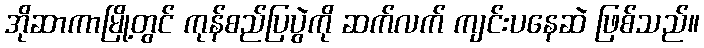
အိုဆာကာမြို့တွင် ကုန်စည်ပြပွဲကို ဆက်လက် ကျင်းပနေဆဲ ဖြစ်သည်။